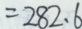
= 2 8 2 . 6